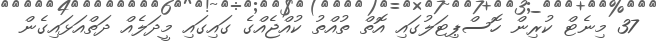
37 މިނެޓް ކުރިން ހޮސްޕިޓަލުގައި އޮތް ތުއްތު ކުއްޖެއްގެ ގައިގައި މީދަލެއް ދަތްއަޅައިގެން